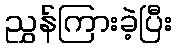
ညွှန်ကြားခဲ့ပြီး